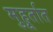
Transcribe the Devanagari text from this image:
मुहूर्तात